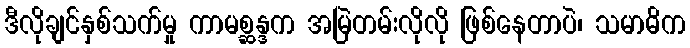
ဒီလိုချင်နှစ်သက်မှု ကာမစ္ဆန္ဒက အမြဲတမ်းလိုလို ဖြစ်နေတာပဲ၊ သမာဓိက